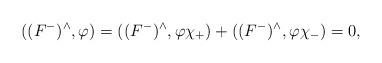
LaTeX: \begin{align*}((F^-)^\wedge,\varphi)=((F^-)^\wedge,\varphi\chi_+)+((F^-)^\wedge,\varphi\chi_-)=0,\end{align*}